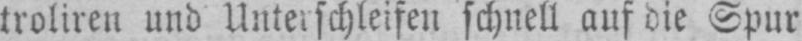
troliren und Unterschleifen schnell auf die Spur